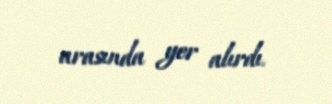
arasında yer alırdı.